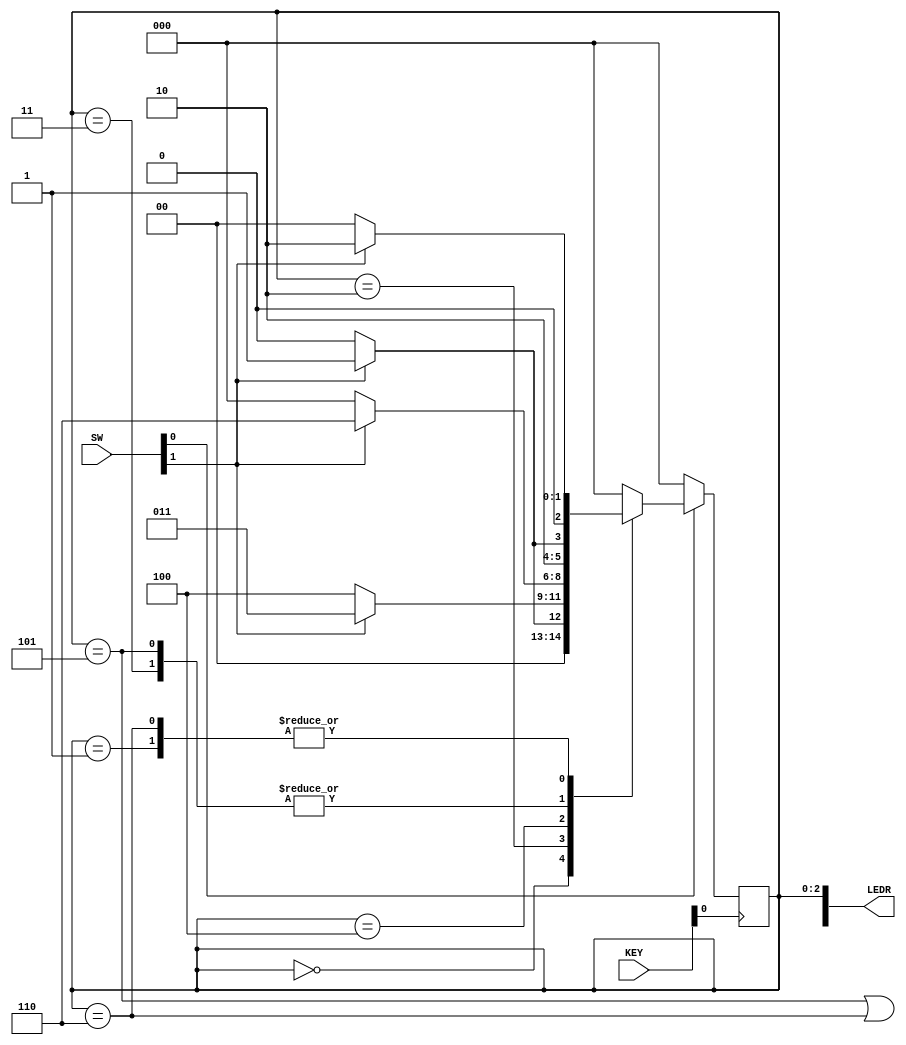
// (*) Note: Using starter code provided on Quercus
// SW[0]: reset signal
// SW[1]: input signal (w)

// KEY[0]: clock

// LEDR[2:0]: current state
// LEDR[9]: output (z)

// SW[0]:       reset signal
// SW[1]:       input signal (w)

// KEY[0]:      clock

// LEDR[2:0]:   current state
// LEDR[9]:     output (z)

module sequence_detector(SW, KEY, LEDR);
    input [9:0] SW;
    input [3:0] KEY;
    output [9:0] LEDR;

    wire w, clock, resetn, z;
    
    reg [2:0] y_Q, Y_D; // y_Q represents current state, Y_D represents next state
   
    // (*) Note: Here our local param is for specification purpose of the states!
    localparam A = 3'b000, B = 3'b001, C = 3'b010, D = 3'b011, E = 3'b100, F = 3'b101, G = 3'b110;
    
    // Connect inputs and outputs to internal wires
    assign w = SW[1];
    assign clock = ~KEY[0];
    assign resetn = SW[0];
    assign LEDR[9] = z;
    assign LEDR[2:0] = y_Q;

    // State table
    // The state table should only contain the logic for state transitions
    // Do not mix in any output logic.  The output logic should be handled separately.
    // This will make it easier to read, modify and debug the code.
    always @(*)
    begin   // Start of state_table
        case (y_Q)
            A: begin
                   if (!w) Y_D = A;
                   else Y_D = B;
                end
            B: begin
                   if (!w) Y_D = A;
                   else Y_D = C;
                end
			C: begin
					if (!w) Y_D = E;
					else Y_D = D;
				end
            D: begin
					if (!w) Y_D = E;
					else Y_D = F;
				end
            E: begin
					if (!w) Y_D = A;
					else Y_D = G;
				end
            F: begin
					if (!w) Y_D = E;
					else Y_D = F;
				end
			G: begin
					if (!w) Y_D = A;
					else Y_D = C;
				end
            default: Y_D = A;
        endcase
    end     
    // End of state_table

    // State Register (i.e., FFs)
    always @(posedge clock)
    begin   // Start of state_FFs (state register)
        if(resetn == 1'b0)
            y_Q <= A;
        else
            y_Q <= Y_D;
    end     // End of state_FFs (state register)

    // Output logic
    // Set z to 1 to turn on LED when in relevant states
    assign z = ((y_Q == F) || (y_Q == G));  
endmodule